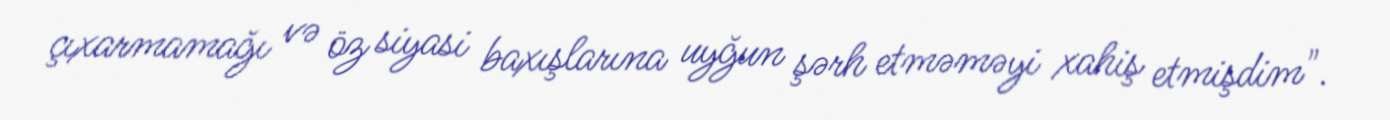
çıxarmamağı və öz siyasi baxışlarına uyğun şərh etməməyi xahiş etmişdim".